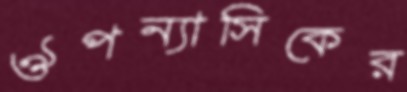
ঔপন্যাসিকের